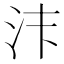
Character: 𱥴